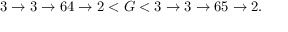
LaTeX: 3 \rightarrow 3 \rightarrow 6 4 \rightarrow 2 < G < 3 \rightarrow 3 \rightarrow 6 5 \rightarrow 2 .